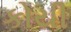
કોયી